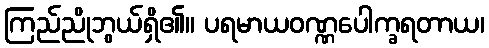
ကြည်ညိုဘွယ်ရှိ၏။ ပရမာယဝဏ္ဏပေါက္ခရတာယ၊